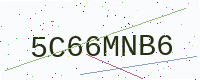
Text: 5C66MNB6